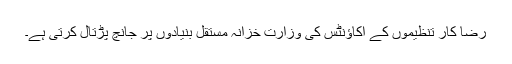
رضا کار تنظیموں کے اکاؤنٹس کی وزارت خزانہ مستقل بنیادوں پر جانچ پڑتال کرتی ہے۔